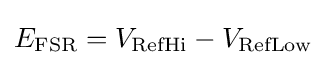
E_{\mathrm {FSR} }=V_{\mathrm {RefHi} }-V_{\mathrm {RefLow} }